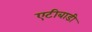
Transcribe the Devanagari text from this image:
एटीबाडी